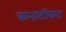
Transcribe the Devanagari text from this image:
कनाटीकट